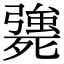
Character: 𣩴